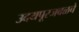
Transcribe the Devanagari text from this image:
उदयपूरजवळचे